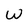
Character: W